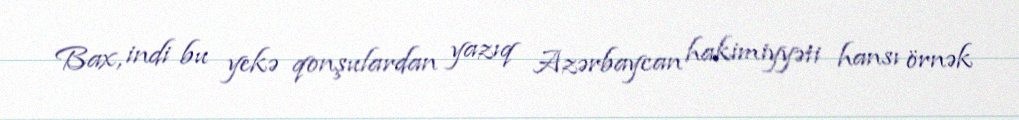
Bax, indi bu yekə qonşulardan yazıq Azərbaycan hakimiyyəti hansı örnək